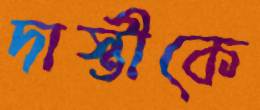
দাস্তীকে